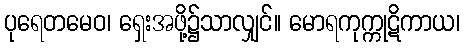
ပုရေတမေဝ၊ ရှေးအဖို့၌သာလျှင်။ မောရကုက္ကုဋိကာယ၊